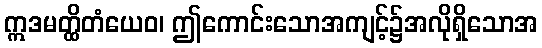
ဣဒမတ္ထိတံယေဝ၊ ဤကောင်းသောအကျင့်၌အလိုရှိသောအ